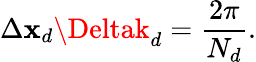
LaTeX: \Delta\mathbf{x}_{d}\Deltak_{d}=\frac{{2\pi}}{{N_{d}}}.